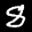
Label: 8